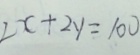
2 x + 2 y = 1 0 0